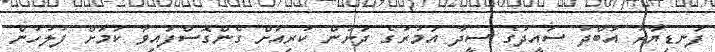
ފަނޑިޔާރު އަބްދު ސައީދުގެ ސީދާ އަމުރުގެ ދަށުން ކުރިއަށް ގެންގޮސްފައިވާ ކަމަށް ފުލުހުން